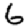
Digit: 6